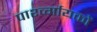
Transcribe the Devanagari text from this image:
पार्श्व्गायकों